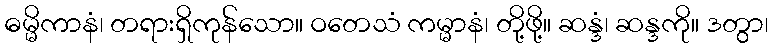
ဓမ္မိကာနံ၊ တရားရှိကုန်သော။ ဝတေသံ ကမ္မာနံ၊ တို့ဖို့။ ဆန္ဒံ၊ ဆန္ဒကို။ ဒတွာ၊